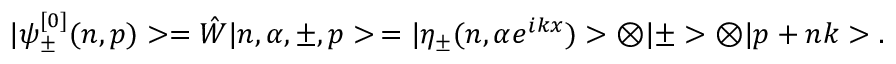
| \psi _ { \pm } ^ { [ 0 ] } ( n , p ) > = \hat { W } | n , \alpha , \pm , p > \nonumber \, = | \eta _ { \pm } ( n , \alpha e ^ { i k x } ) > \otimes | \pm > \otimes | p + n k > .